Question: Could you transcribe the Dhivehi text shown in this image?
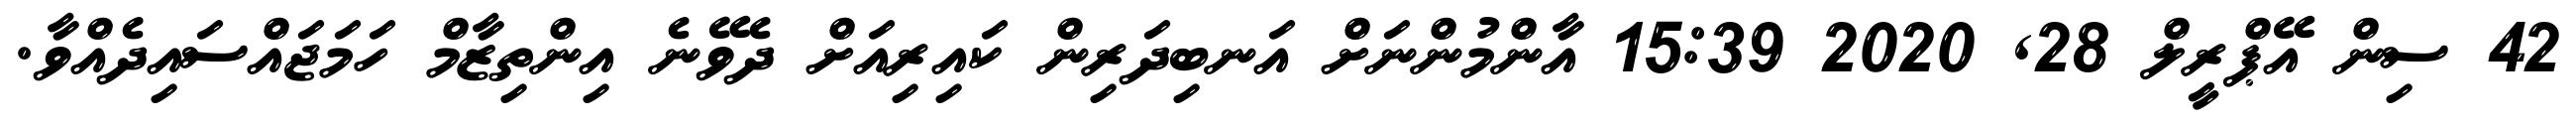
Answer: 42 ސިން އޭޕްރީލް 28, 2020 15:39 އާންމުންނަށް އަނބިދަރިން ކައިރިއަށް ދެވޭނެ އިންތިޒާމް ހަމަޖައްސައިދެއްވާ.